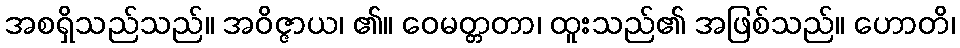
အစရှိသည်သည်။ အဝိဇ္ဇာယ၊ ၏။ ဝေမတ္တတာ၊ ထူးသည်၏ အဖြစ်သည်။ ဟောတိ၊